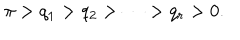
\pi > q _ { 1 } > q _ { 2 } > \cdots > q _ { r } > 0 .